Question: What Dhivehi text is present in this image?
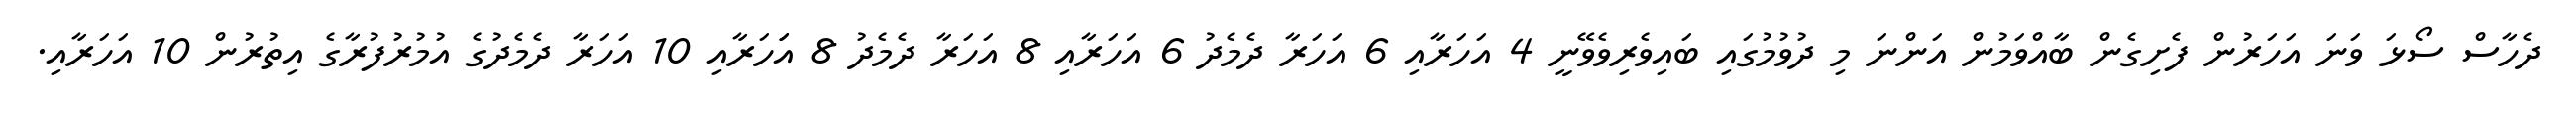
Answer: ދެހާސް ސޯޅަ ވަނަ އަހަރުން ފެށިގެން ބާއްވަމުން އަންނަ މި ދުވުމުގައި ބައިވެރިވެވޭނީ 4 އަހަރާއި 6 އަހަރާ ދެމެދު 6 އަހަރާއި 8 އަހަރާ ދެމެދު 8 އަަހަރާއި 10 އަހަރާ ދެމެދުގެ އުމުރުފުރާގެ އިތުރުން 10 އަހަރާއި.